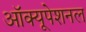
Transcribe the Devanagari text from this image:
ऑक्यूपेशनल